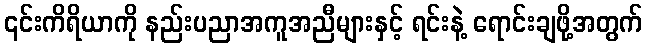
၎င်းကိရိယာကို နည်းပညာအကူအညီများနှင့် ရင်းနဲ့ ရောင်းချဖို့အတွက်